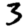
Digit: 3